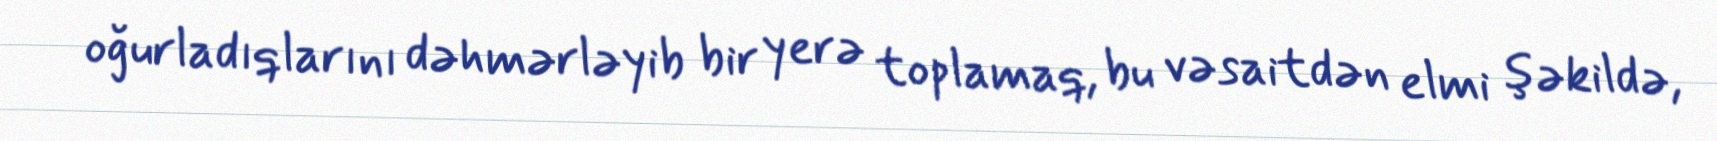
oğurladıqlarını dəhmərləyib bir yerə toplamaq, bu vəsaitdən elmi şəkildə,